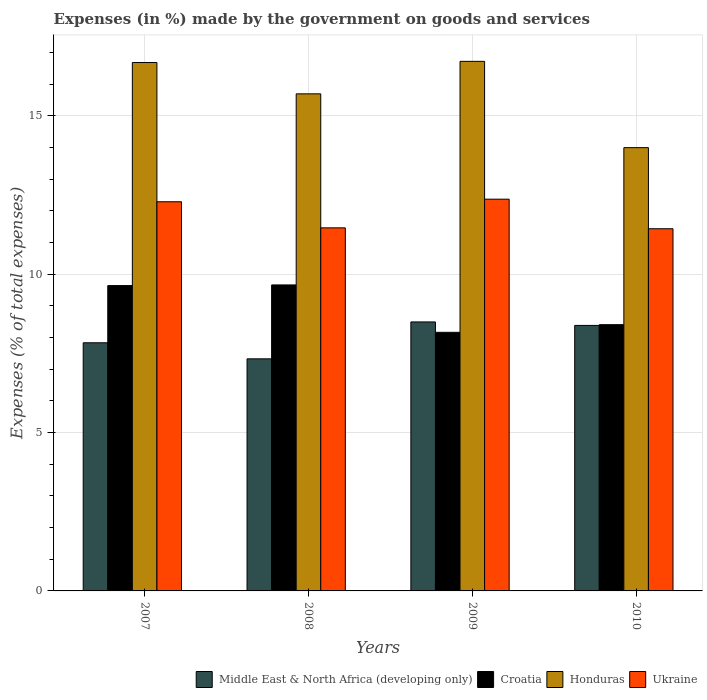
| Years | Middle East & North Africa (developing only) | Croatia | Honduras | Ukraine |
 | --- | --- | --- | --- | --- |
 | 2007 | 7.84 | 9.64 | 16.7 | 12.3 |
 | 2008 | 7.33 | 9.66 | 15.7 | 11.5 |
 | 2009 | 8.49 | 8.17 | 16.7 | 12.4 |
 | 2010 | 8.38 | 8.41 | 14 | 11.4 |